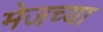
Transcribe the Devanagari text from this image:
मेजच्या